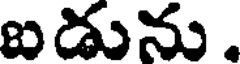
ఐడును.